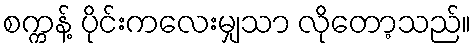
စက္ကန့် ပိုင်းကလေးမျှသာ လိုတော့သည်။